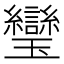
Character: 𤫜